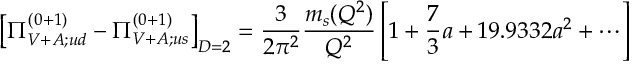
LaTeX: \left[ \Pi _ { V + A ; u d } ^ { ( 0 + 1 ) } - \Pi _ { V + A ; u s } ^ { ( 0 + 1 ) } \right] _ { D = 2 } = { \frac { 3 } { 2 \pi ^ { 2 } } } { \frac { m _ { s } ( Q ^ { 2 } ) } { Q ^ { 2 } } } \left[ 1 + { \frac { 7 } { 3 } } a + 1 9 . 9 3 3 2 a ^ { 2 } + \cdots \right]